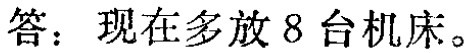
答：现在多放 8 台机床。